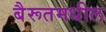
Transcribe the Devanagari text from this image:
बैरूतमधील